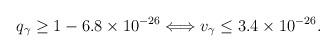
LaTeX: \begin{align*}q_{\gamma} \geq 1 - 6.8 \times 10^{-26} \Longleftrightarrow v_{\gamma} \leq 3.4 \times 10^{-26}.\end{align*}